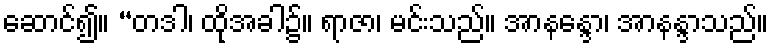
ဆောင်၍။ “တဒါ၊ ထိုအခါ၌။ ရာဇာ၊ မင်းသည်။ အာနန္ဒော၊ အာနန္ဒာသည်။